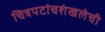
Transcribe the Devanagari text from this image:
चित्रपटांचशंखलेची